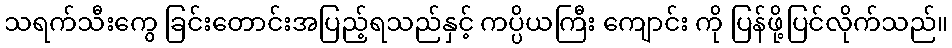
သရက်သီးကွေ ခြင်းတောင်းအပြည့်ရသည်နှင့် ကပ္ပိယကြီး ကျောင်း ကို ပြန်ဖို့ပြင်လိုက်သည်။